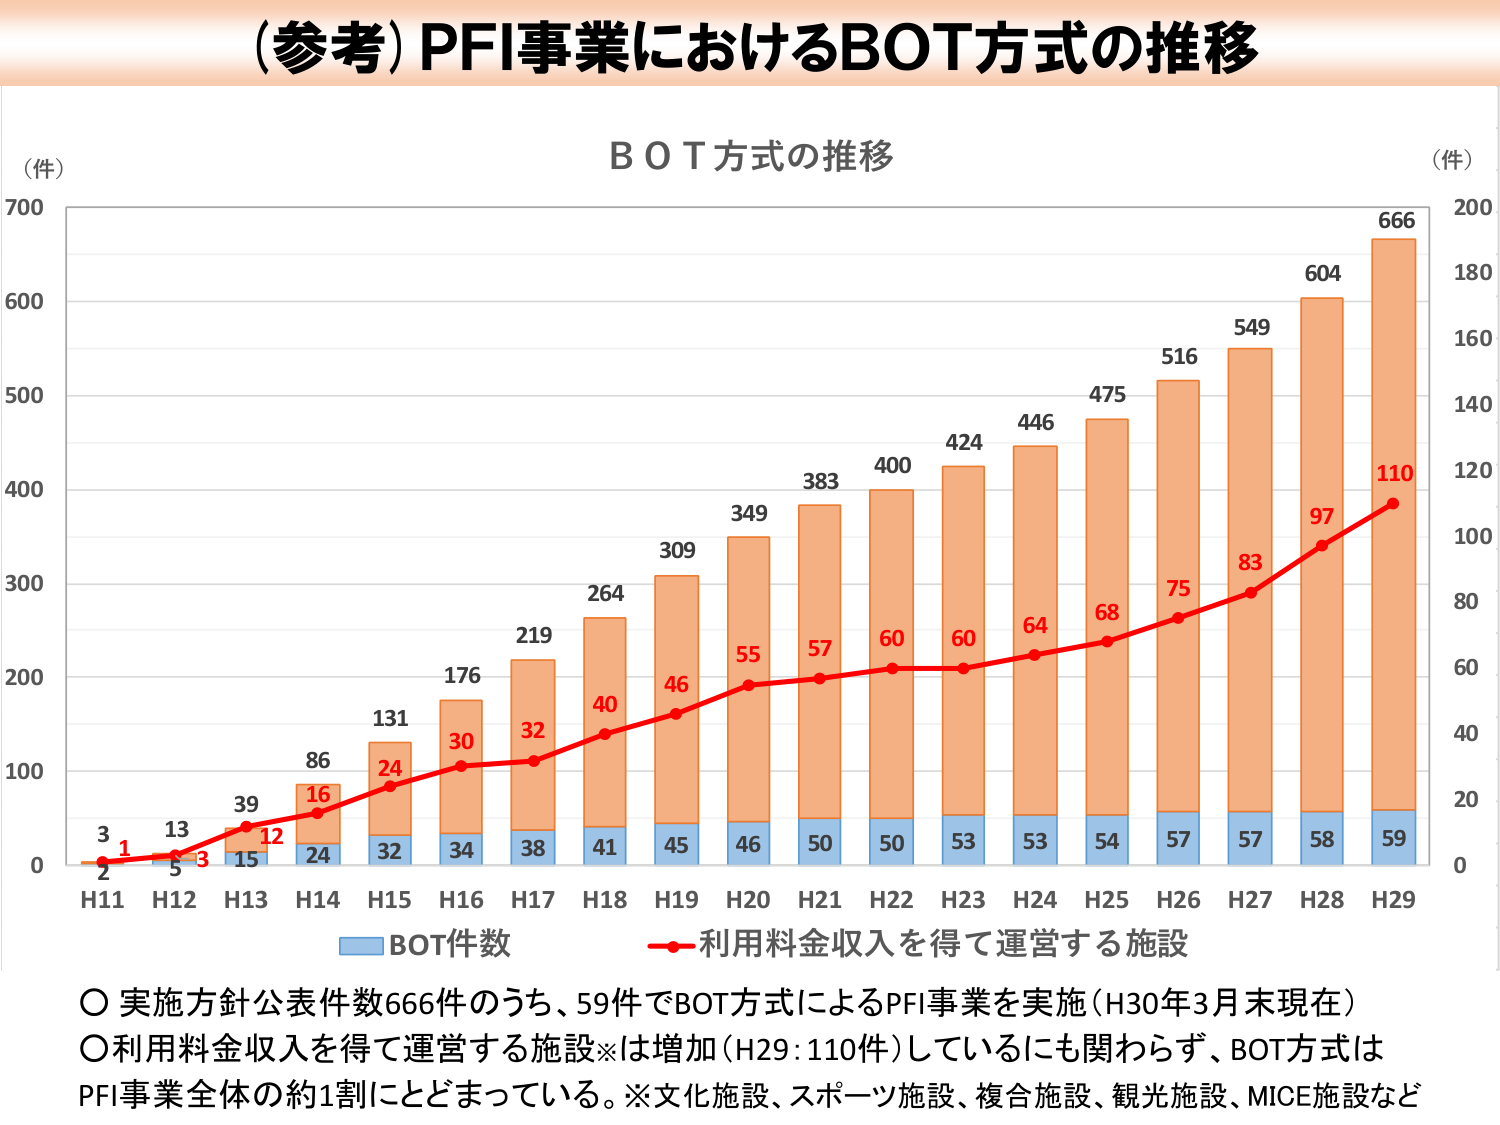
（参考）PFI事業におけるBOT方式の推移

ＢＯＴ方式の推移

（件）
700
600
500
400
300
200
100
0

（件）
200
180
160
140
120
100
80
60
40
20
0

H11  H12  H13  H14  H15  H16  H17  H18  H19  H20  H21  H22  H23  H24  H25  H26  H27  H28  H29

3
1
2
5
13
3
15
39
12
24
86
16
24
32
131
24
34
176
30
38
219
32
41
264
40
45
309
46
46
349
55
50
383
57
50
400
60
53
424
60
53
446
64
54
475
68
57
516
75
57
549
83
58
604
97
59
666
110

■BOT件数
ー利用料金収入を得て運営する施設

○実施方針公表件数666件のうち、59件でBOT方式によるPFI事業を実施（H30年3月末現在）
○利用料金収入を得て運営する施設※は増加（H29：110件）しているにも関わらず、BOT方式はPFI事業全体の約1割にとどまっている。※文化施設、スポーツ施設、複合施設、観光施設、MICE施設など